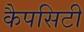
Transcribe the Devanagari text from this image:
कैपसिटी